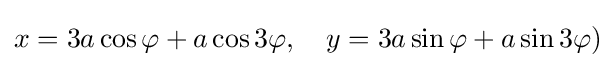
x=3a\cos \varphi +a\cos 3\varphi ,\quad y=3a\sin \varphi +a\sin 3\varphi )